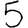
Digit: 5